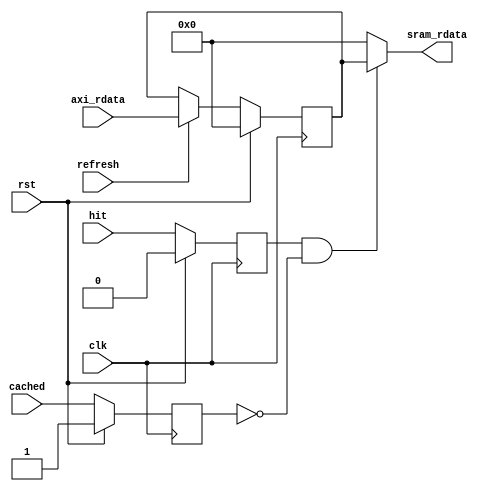
module uncache_data(
    input wire clk,
    input wire rst,
    
    input wire hit,
    input wire cached,
    // axi in
    input wire refresh,
    input wire [31:0] axi_rdata,
    // sram out
    output wire [31:0] sram_rdata
);  
    reg [31:0] sram_rdata_r;
    reg hit_r;
    reg cached_r;
    always @ (posedge clk) begin
        if (rst) begin
            sram_rdata_r <= 32'b0;
        end
        else if (refresh) begin
            sram_rdata_r <= axi_rdata;
        end
    end

    always @ (posedge clk) begin
        if (rst) begin
            hit_r <= 1'b0;
            cached_r <= 1'b1;
        end
        else begin
            hit_r <= hit;
            cached_r <= cached;
        end
    end

    assign sram_rdata = hit_r & ~cached_r ? sram_rdata_r : 32'b0;
endmodule